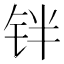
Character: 𰽰